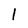
Character: 1